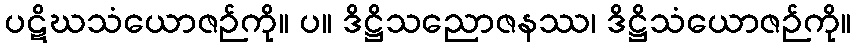
ပဋိဃသံယောဇဉ်ကို။ ပ။ ဒိဋ္ဌိသညောဇနဿ၊ ဒိဋ္ဌိသံယောဇဉ်ကို။